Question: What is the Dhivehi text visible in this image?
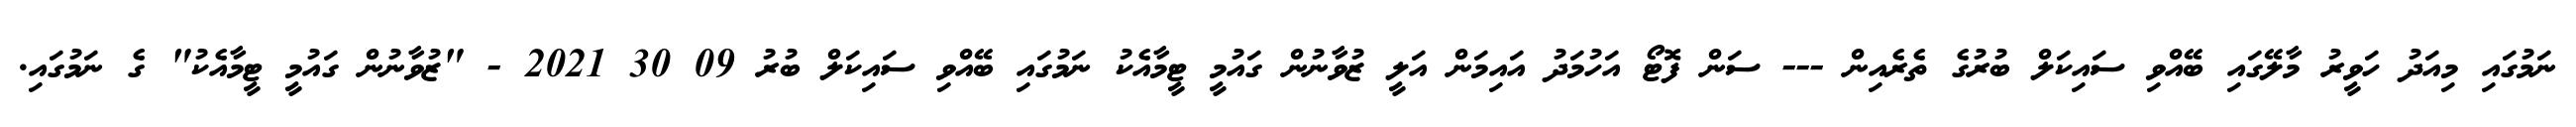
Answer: ނަމުގައި މިއަދު ހަވީރު މާލޭގައި ބޭއްވި ސައިކަލް ބުރުގެ ތެރެއިން --- ސަން ފޮޓޯ އަހުމަދު އައިމަން އަލީ ޒުވާނުން ގައުމީ ޓީމާއެކު ނަމުގައި ބޭއްވި ސައިކަލް ބުރު 09 30 2021 - "ޒުވާނުން ގައުމީ ޓީމާއެކު" ގެ ނަމުގައި.